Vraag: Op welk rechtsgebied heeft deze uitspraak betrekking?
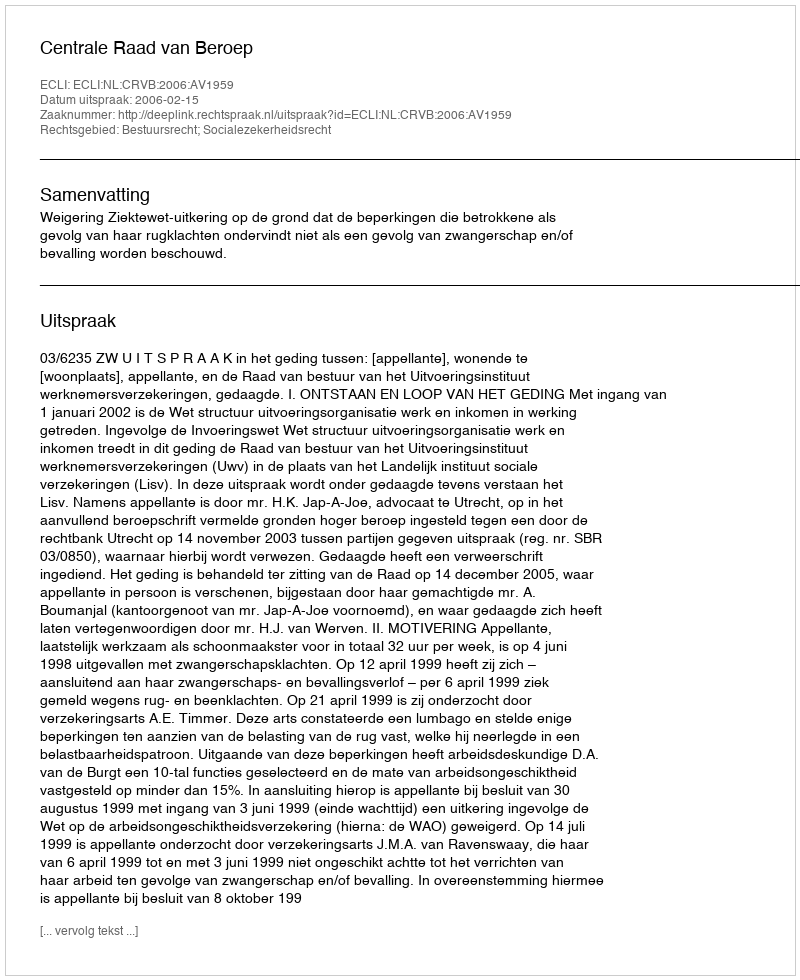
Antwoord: Bestuursrecht; Socialezekerheidsrecht